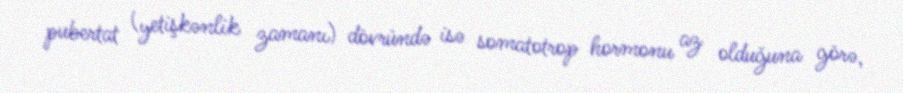
pubertat (yetişkənlik zamanı) dövründə isə somatotrop hormonu az olduğuna görə,